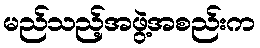
မည်သည့်အဖွဲ့အစည်းက